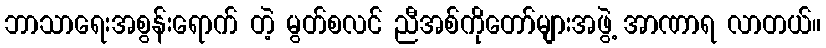
ဘာသာရေးအစွန်းရောက် တဲ့ မွတ်စလင် ညီအစ်ကိုတော်များအဖွဲ့ အာဏာရ လာတယ်။